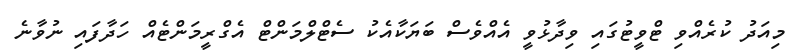
މިއަދު ކުރެއްވި ޓްވީޓުގައި ވިދާޅުވީ އެއްވެސް ބަޔަކާއެކު ސެޓްލްމަންޓް އެގްރީމަންޓެއް ހަދާފައި ނުވާނެ